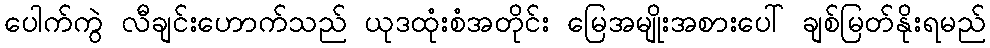
ပေါက်ကွဲ လီချင်းဟောက်သည် ယုဒထုံးစံအတိုင်း မြေအမျိုးအစားပေါ် ချစ်မြတ်နိုးရမည်